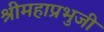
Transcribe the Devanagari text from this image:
श्रीमहाप्रभुजी